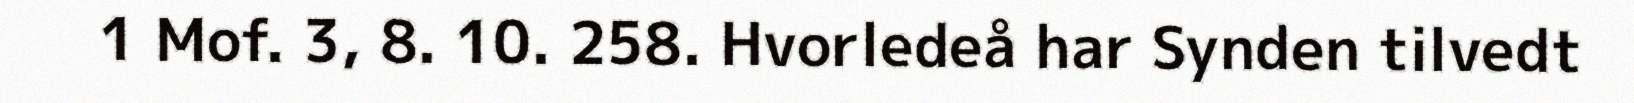
1 Mof. 3, 8. 10. 258. Hvorledeå har Synden tilvedt